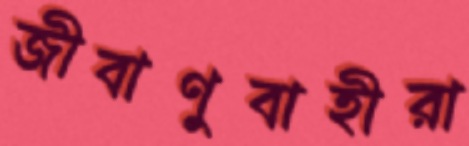
জীবাণুবাহীরা